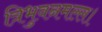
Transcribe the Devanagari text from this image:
त्रिभुवनमल्ल।